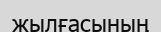
жылғасының